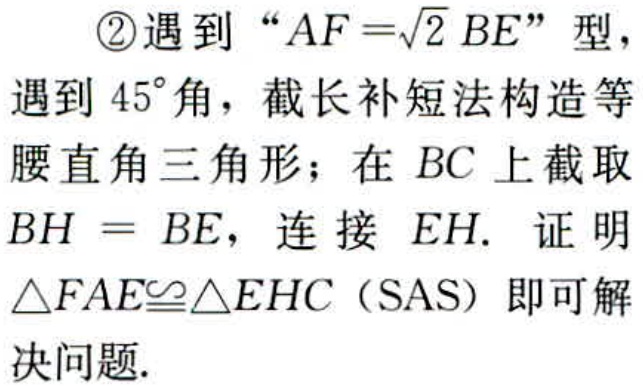
\textcircled{2}遇到“\(AF = \sqrt{2}BE\)”型，
遇到\(45^{\circ}\)角，截长补短法构造等
腰直角三角形；在 \(BC\) 上截取
\(BH = BE\)，连接 \(EH\). 证明
\(\triangle FAE\cong\triangle EHC\)（SAS）即可解
决问题.